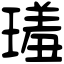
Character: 𤨩